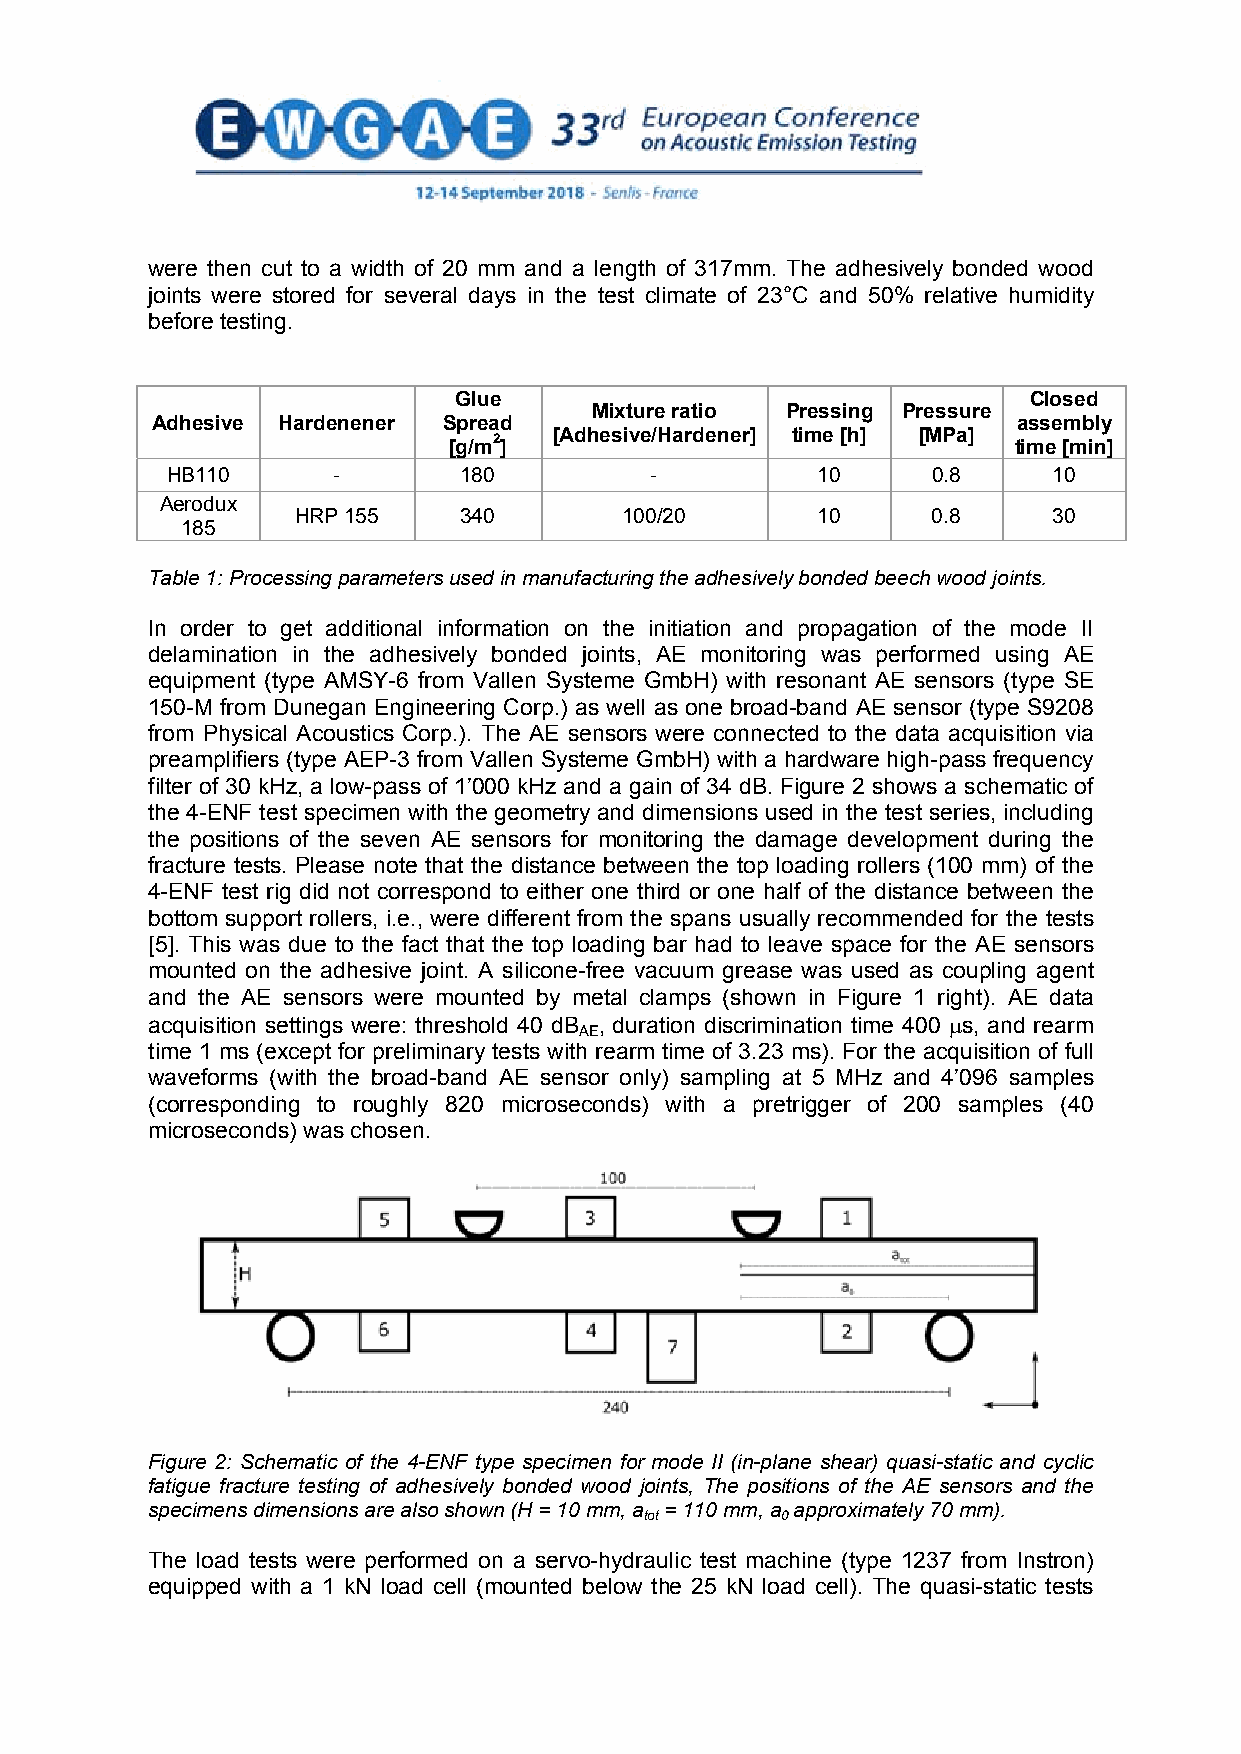
were then cut to a width of 20 mm and a length of 317mm. The adhesively bonded wood
 joints were stored for several days in the test climate of 23°C and 50% relative humidity
 before testing.
 Glue                                  Closed
 Mixture ratio Pressing Pressure
 Adhesive Hardenener Spread                               assembly
 [g/m2] [Adhesive/Hardener] time [h] [MPa] time [min]
 HB110      -       180          -          10      0.8     10
 Aerodux
 HRP 155   340        100/20       10      0.8     30
 185
 Table 1: Processing parameters used in manufacturing the adhesively bonded beech wood joints.
 In order to get additional information on the initiation and propagation of the mode II
 delamination in the adhesively bonded joints, AE monitoring was performed using AE
 equipment (type AMSY-6 from Vallen Systeme GmbH) with resonant AE sensors (type SE
 150-M from Dunegan Engineering Corp.) as well as one broad-band AE sensor (type S9208
 from Physical Acoustics Corp.). The AE sensors were connected to the data acquisition via
 preamplifiers (type AEP-3 from Vallen Systeme GmbH) with a hardware high-pass frequency
 filter of 30 kHz, a low-pass of 1’000 kHz and a gain of 34 dB. Figure 2 shows a schematic of
 the 4-ENF test specimen with the geometry and dimensions used in the test series, including
 the positions of the seven AE sensors for monitoring the damage development during the
 fracture tests. Please note that the distance between the top loading rollers (100 mm) of the
 4-ENF test rig did not correspond to either one third or one half of the distance between the
 bottom support rollers, i.e., were different from the spans usually recommended for the tests
 [5]. This was due to the fact that the top loading bar had to leave space for the AE sensors
 mounted on the adhesive joint. A silicone-free vacuum grease was used as coupling agent
 and the AE sensors were mounted by metal clamps (shown in Figure 1 right). AE data
 acquisition settings were: threshold 40 dB , duration discrimination time 400 s, and rearm
 AE
 time 1 ms (except for preliminary tests with rearm time of 3.23 ms). For the acquisition of full
 waveforms (with the broad-band AE sensor only) sampling at 5 MHz and 4’096 samples
 (corresponding to roughly 820 microseconds) with a pretrigger of 200 samples (40
 microseconds) was chosen.
 Figure 2: Schematic of the 4-ENF type specimen for mode II (in-plane shear) quasi-static and cyclic
 fatigue fracture testing of adhesively bonded wood joints, The positions of the AE sensors and the
 specimens dimensions are also shown (H = 10 mm, a = 110 mm, a approximately 70 mm).
 tot      0
 The load tests were performed on a servo-hydraulic test machine (type 1237 from Instron)
 equipped with a 1 kN load cell (mounted below the 25 kN load cell). The quasi-static tests
 3